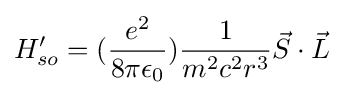
H_{so}^{\prime }=({\frac {e^{2}}{8\pi \epsilon _{0}}}){\frac {1}{m^{2}c^{2}r^{3}}}{\vec {S}}\cdot {\vec {L}}